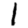
Digit: 1